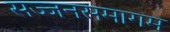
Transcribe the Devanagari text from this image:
सज्जनसमागम